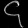
Digit: ၄